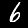
Label: 6